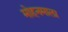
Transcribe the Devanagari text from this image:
मोहनमाला